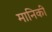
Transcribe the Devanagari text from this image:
मानिकी